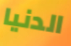
الدنيا